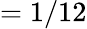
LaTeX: =1/12